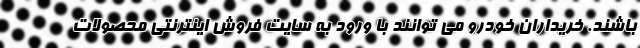
باشند. خریداران خودرو می توانند با ورود به سایت فروش اینترنتی محصولات